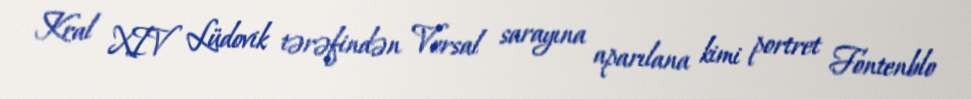
Kral XIV Lüdovik tərəfindən Versal sarayına aparılana kimi portret Fontenblo